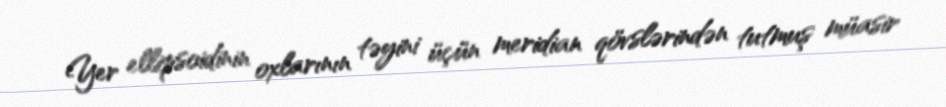
Yer ellipsoidinin oxlarının təyini üçün meridian qövslərindən tutmuş müasir